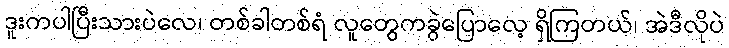
ဒူးကပါပြီးသားပဲလေ၊ တစ်ခါတစ်ရံ လူတွေကခွဲပြောလေ့ ရှိကြတယ်၊ အဲဒီလိုပဲ